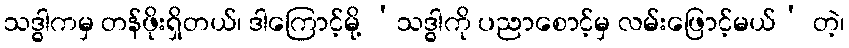
သဒ္ဓါကမှ တန်ဖိုးရှိတယ်၊ ဒါကြောင့်မို့ ‘သဒ္ဓါကို ပညာစောင့်မှ လမ်းဖြောင့်မယ်’ တဲ့၊